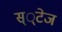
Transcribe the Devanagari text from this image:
स््टेज